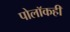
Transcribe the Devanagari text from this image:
पोलॉकही